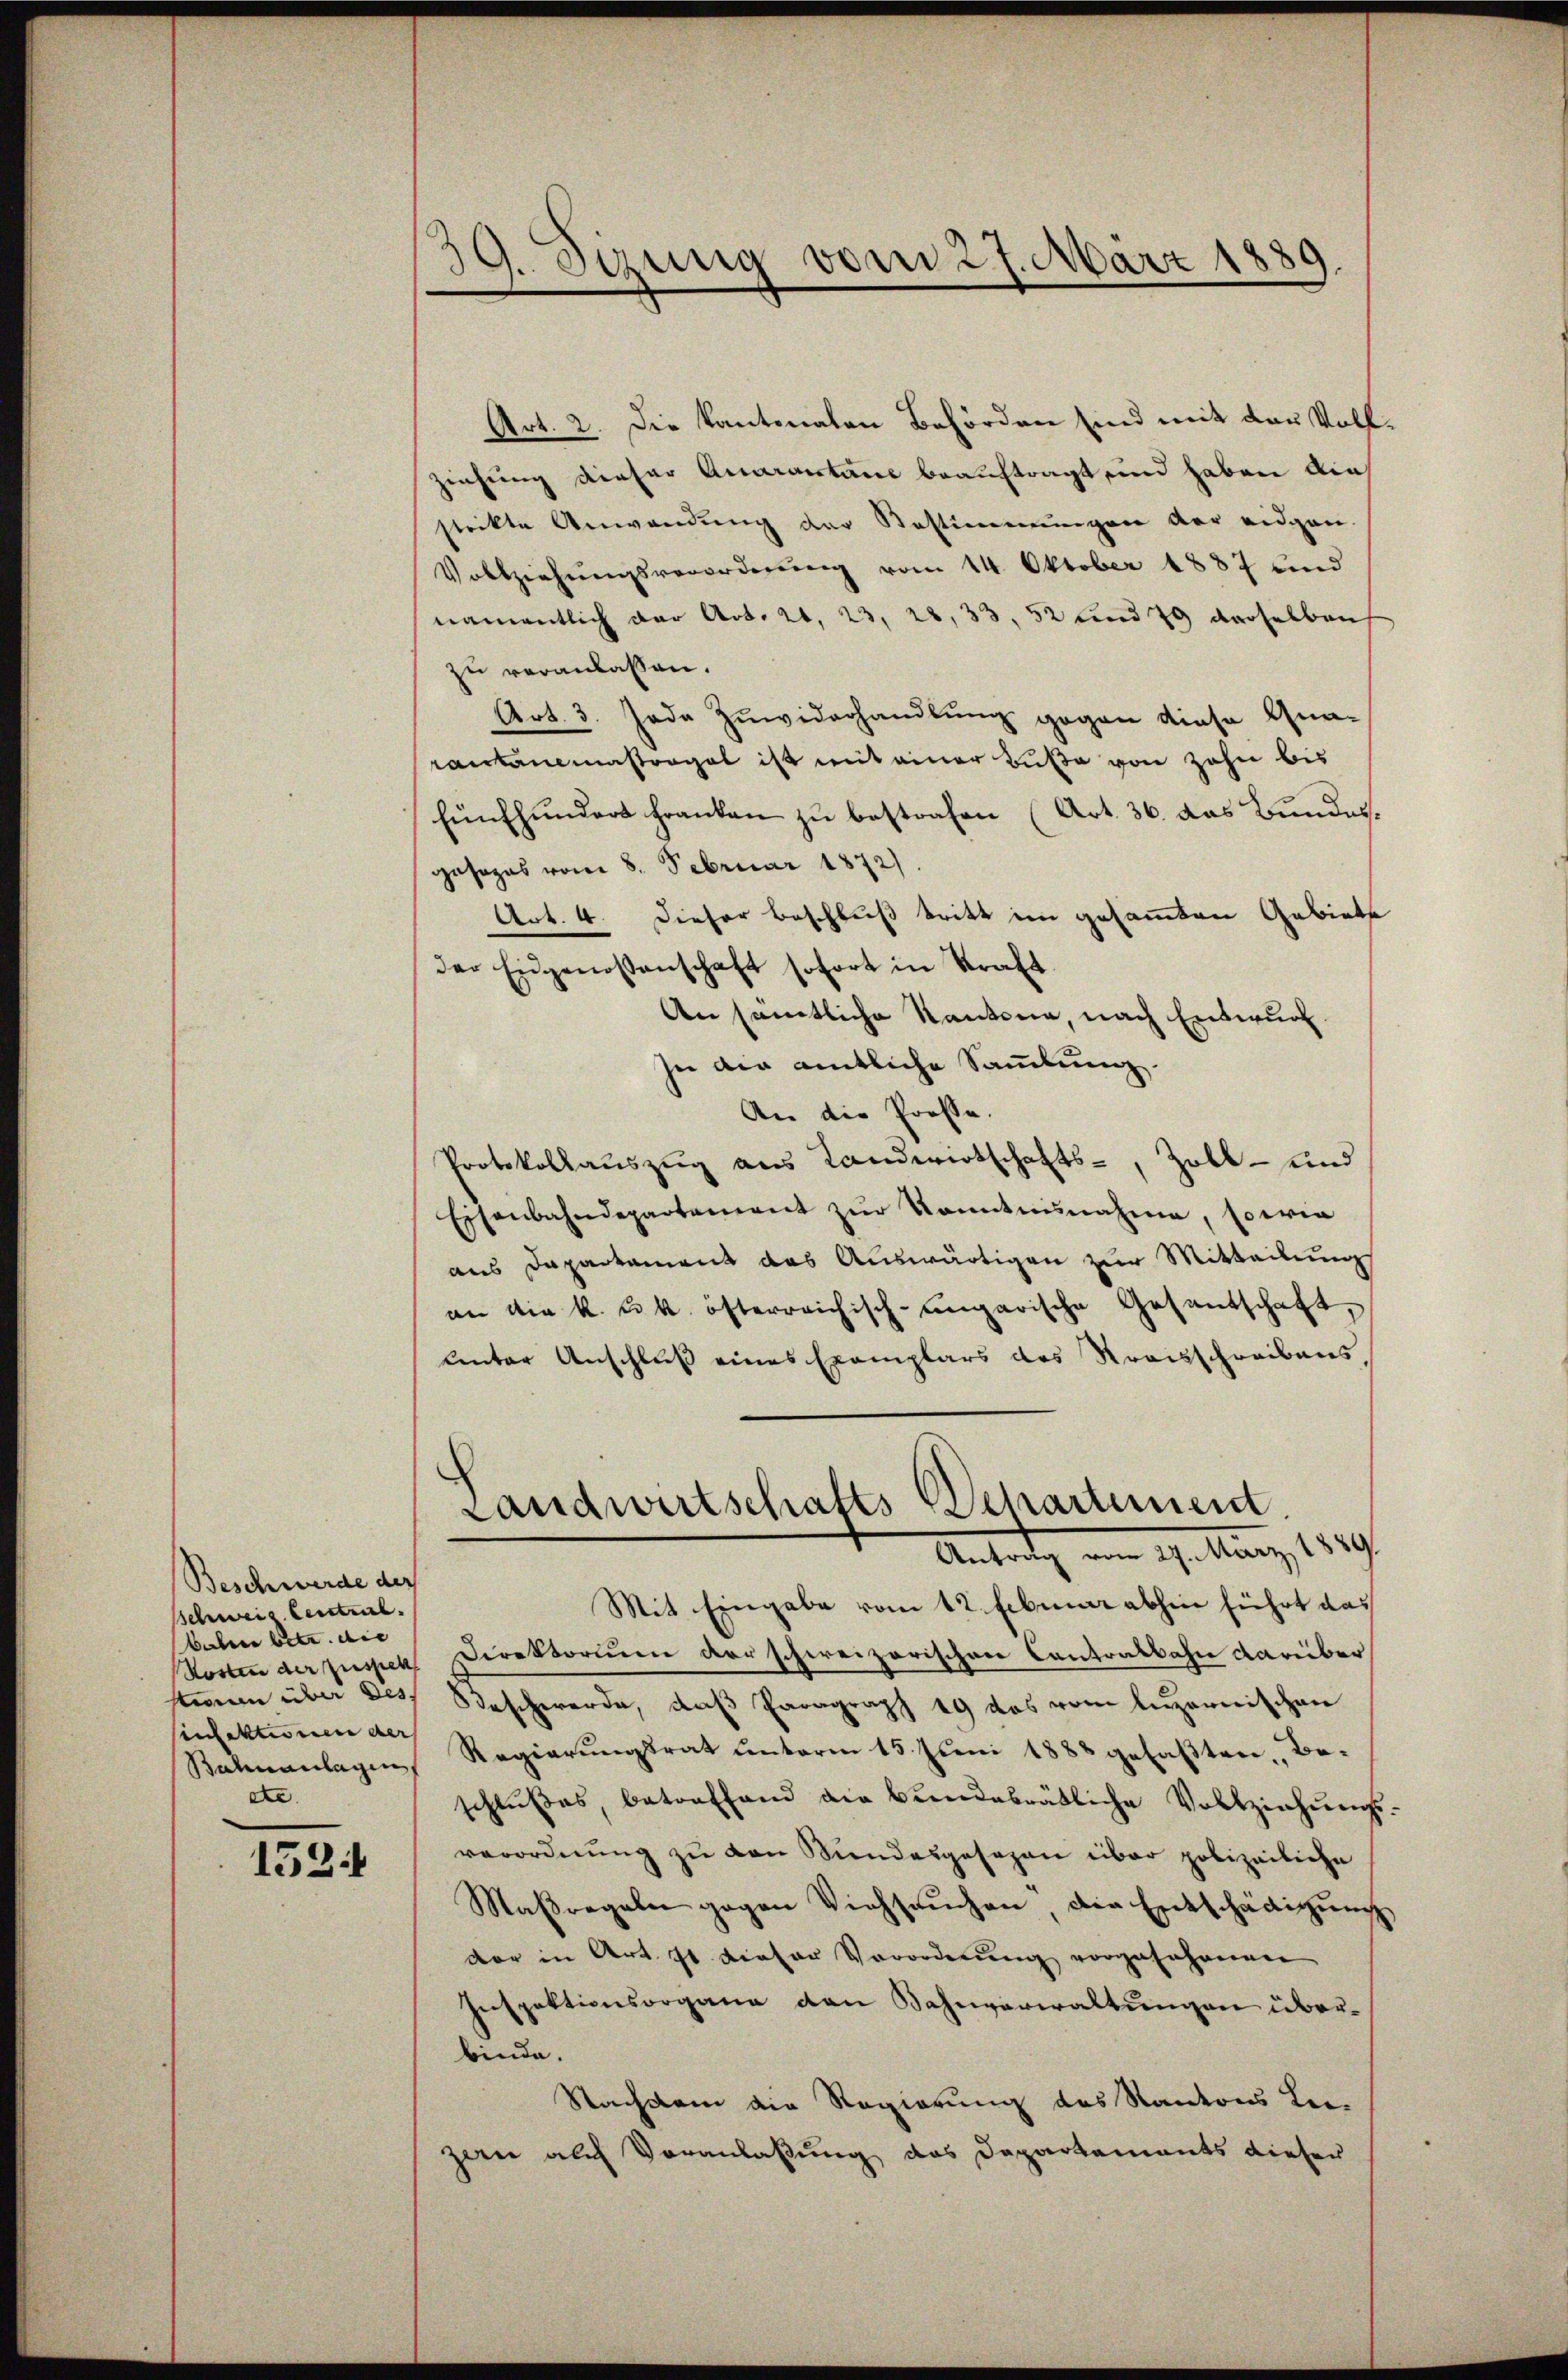
Beschwerde der
Schweis. Centeil.
bahren betr. die |
infektionen der
ete

1524

39. Sizung vom 27. März 1889.

Art. 2. Die Kantonalen Behörden sind mit der Vollziehung dieser Quarantane beauftragt, und haben dies
strikte Anwendung der Bestimmungen der eidgen.
Vollziehŭngsverorderŭng vom 14. Oktober 1887 und
namentlich der Art. 21. 23, 28, 33, 52 und 79 derselben
zu veranlassen.
Art. 3. Jede Zuwiderhandlung gegen diese Qua-
rankammastorgel ist mit einer Buße von zehn bis
Fünfhunders franken zu bestrafen (Art. 36. das Bundes.
gesages vom 8. Februar 1872/
Art. 4. Dieser Beschluß tritt im gesammten Gebiete
Der Eidgenossenschaft sofort in Kraft.
An sämtliche Kantone, nach Entwurf
zu die amtliche Sammlung.
An die Prose.
Protokollaŭszŭg aŭs Landwirtschafts-, Zoll- und
Eisenbahndepartement zŭr Sonntŭnahme, sowie
aus Dapartement das Auswärtigen zur Mitteilung
an die k. u. k. österreichisch-ungarische Gesandschaft,
unter Anschluß eines Exemplars des Straisschreibens¬
Landwirtschafts Departement.
Antrag am 9. März, 1889.
Mit Eingabe vom 12. Februar abhin führt das
Kosten der pusset Direktorium der schweizerischen Contralbahn darüber
stinen über des Beschwerde, daß Paragraph 19 das vom luzernischen
Bahnanlagen, Regierungsrat unterm 15. Juni 1888 gefaßten, Beschlŭβes, betreffend die bŭndesrätliche Vollziehŭngs-
verordnung zu von Bundesgesezen über polizeiliche
Maβregeln gegen Viehsaŭchen, die Entschädigŭng,
der in Art. 71 dieser Verordnung vorgefahrenen
Inspektionsorgane den Bahnverwaltungen überbinde.
Nachdem die Regierung des Kantons Lei
zern auch Veranlaßung des Departements dieser